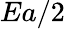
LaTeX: Ea/2